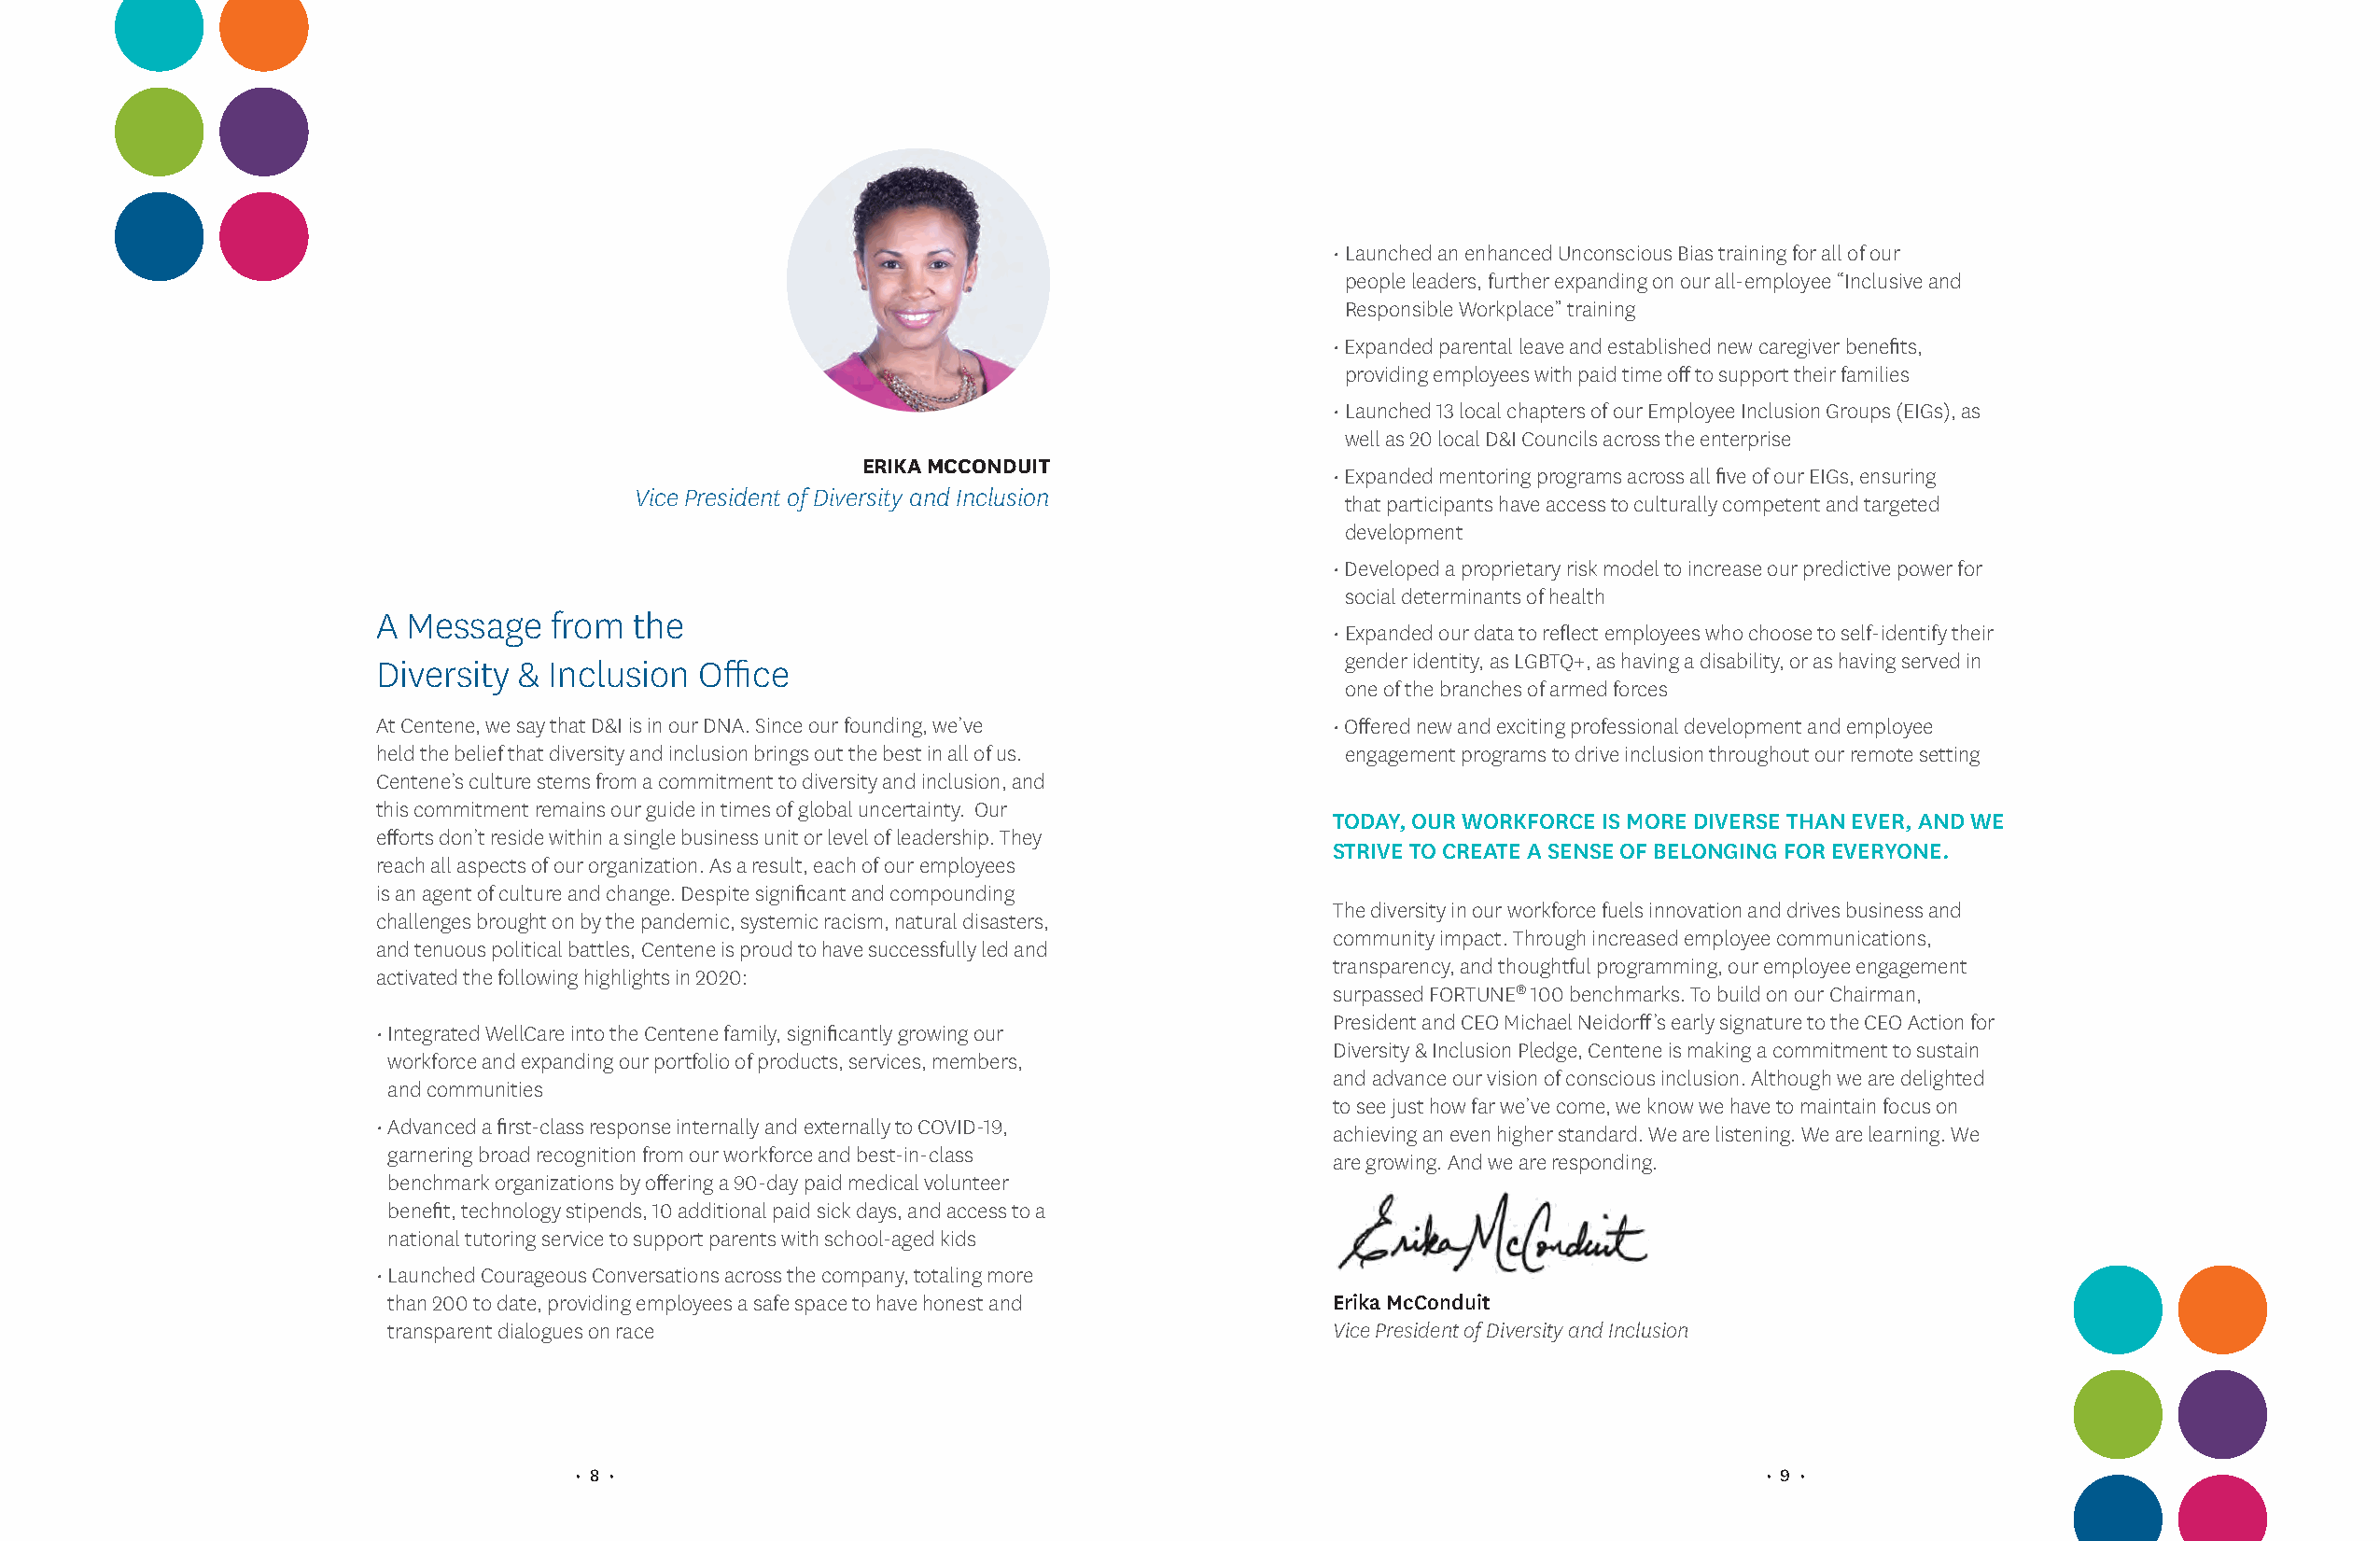
• Launched an enhanced Unconscious Bias training for all of our
 people leaders, further expanding on our all-employee “Inclusive and
 Responsible Workplace” training
 • Expanded parental leave and established new caregiver benefits,
 providing employees with paid time off to support their families
 • Launched 13 local chapters of our Employee Inclusion Groups (EIGs), as
 well as 20 local D&I Councils across the enterprise
 ERIKA MCCONDUIT
 • Expanded mentoring programs across all five of our EIGs, ensuring
 Vice President of Diversity and Inclusion
 that participants have access to culturally competent and targeted
 development
 • Developed a proprietary risk model to increase our predictive power for
 social determinants of health
 A Message   from  the
 • Expanded our data to reflect employees who choose to self-identify their
 Diversity & Inclusion  Office                                       gender identity, as LGBTQ+, as having a disability, or as having served in
 one of the branches of armed forces
 At Centene, we say that D&I is in our DNA. Since our founding, we’ve • Offered new and exciting professional development and employee
 held the belief that diversity and inclusion brings out the best in all of us. engagement programs to drive inclusion throughout our remote setting
 Centene’s culture stems from a commitment to diversity and inclusion, and
 this commitment remains our guide in times of global uncertainty. Our
 TODAY, OUR WORKFORCE IS MORE DIVERSE THAN EVER, AND WE
 efforts don’t reside within a single business unit or level of leadership. They
 STRIVE TO CREATE A SENSE OF BELONGING FOR EVERYONE.
 reach all aspects of our organization. As a result, each of our employees
 is an agent of culture and change. Despite significant and compounding
 The diversity in our workforce fuels innovation and drives business and
 challenges brought on by the pandemic, systemic racism, natural disasters,
 community impact. Through increased employee communications,
 and tenuous political battles, Centene is proud to have successfully led and
 transparency, and thoughtful programming, our employee engagement
 activated the following highlights in 2020:
 surpassed FORTUNE® 100 benchmarks. To build on our Chairman,
 President and CEO Michael Neidorff’s early signature to the CEO Action for
 • Integrated WellCare into the Centene family, significantly growing our
 Diversity & Inclusion Pledge, Centene is making a commitment to sustain
 workforce and expanding our portfolio of products, services, members,
 and advance our vision of conscious inclusion. Although we are delighted
 and communities
 to see just how far we’ve come, we know we have to maintain focus on
 • Advanced a first-class response internally and externally to COVID-19,
 achieving an even higher standard. We are listening. We are learning. We
 garnering broad recognition from our workforce and best-in-class
 are growing. And we are responding.
 benchmark organizations by offering a 90-day paid medical volunteer
 benefit, technology stipends, 10 additional paid sick days, and access to a
 national tutoring service to support parents with school-aged kids
 • Launched Courageous Conversations across the company, totaling more
 than 200 to date, providing employees a safe space to have honest and Erika McConduit
 transparent dialogues on race                                       Vice President of Diversity and Inclusion
 • 8 •                                                                               • 9 •